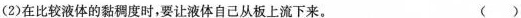
(2)在比较液体的黏稠度时，要让液体自己从板上流下来。 （）